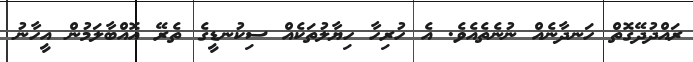
ރައްދުދޭގޮތް ހަނދާނެއް ނުނެތެއެވެ. އެ ހުރިހާ ހިޔާލުތަކެއް ސިކުނޑީގެ ތެރޭ އޮއްބާލަމުން އީހާނު